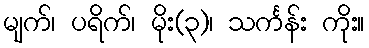
မျက်၊ ပရိက်၊ မိုး(၃)၊ သင်္ကန်း ကိုး။